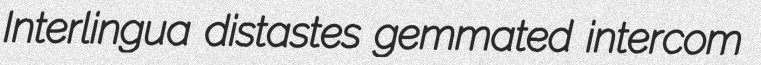
Interlingua distastes gemmated intercom